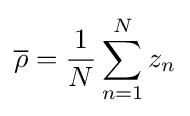
{\overline {\mathbf {\rho } }}={\frac {1}{N}}\sum _{n=1}^{N}z_{n}